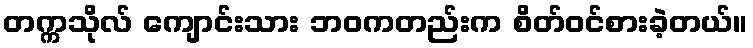
တက္ကသိုလ် ကျောင်းသား ဘဝကတည်းက စိတ်ဝင်စားခဲ့တယ်။